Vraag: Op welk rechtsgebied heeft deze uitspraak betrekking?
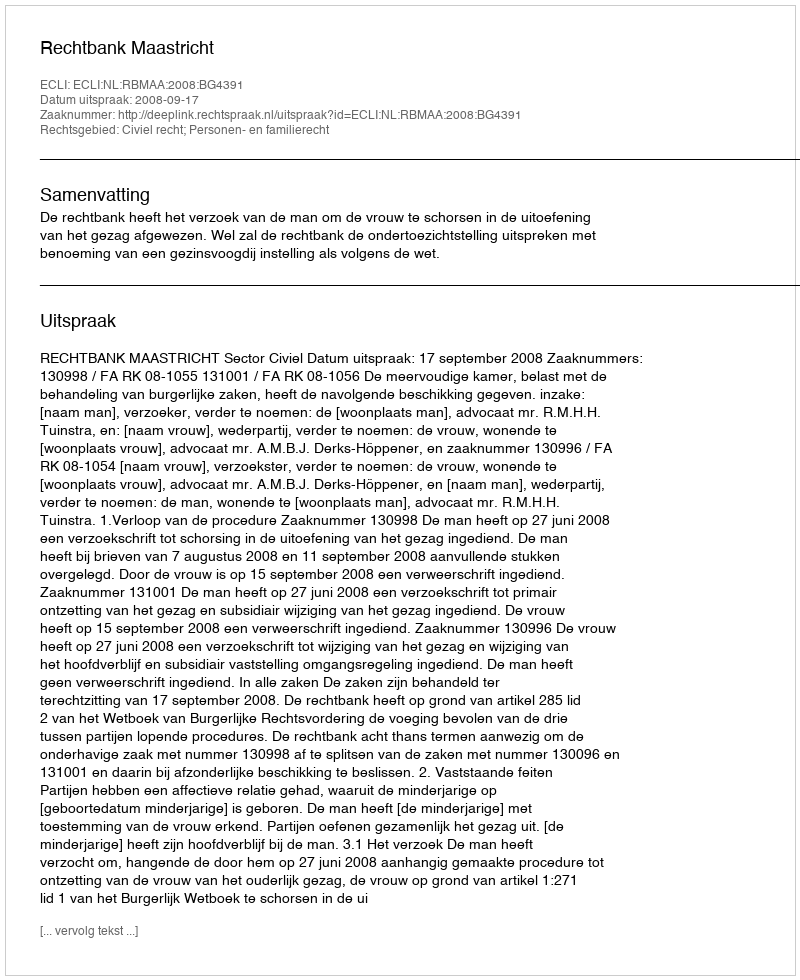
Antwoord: Civiel recht; Personen- en familierecht